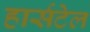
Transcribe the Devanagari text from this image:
हार्सटेल